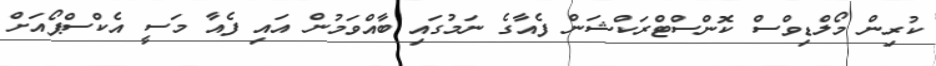
ކުރިން މޯލްޑިވްސް ކޮންސްޓްރަކްޝަން ފެއާގެ ނަމުގައި ބާއްވަމުން އައި ފެއާ މަސީ އެކްސްޕޯއަށް